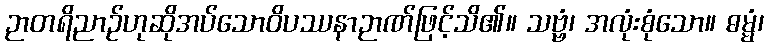
ဉာတရိညာဉ်ဟုဆိုအပ်သောဝိပဿနာဉာဏ်ဖြင့်သိ၏။ သဗ္ဗံ၊ အလုံးစုံသော။ ဓမ္မံ၊